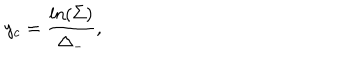
~ y _ { c } = \frac { \ln ( \Sigma ) } { \Delta _ { - } } ,